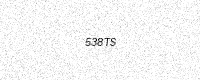
Text: 538TS